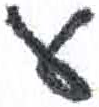
אות: ע